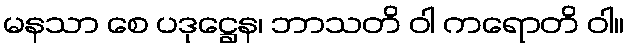
မနသာ စေ ပဒုဋ္ဌေန၊ ဘာသတိ ဝါ ကရောတိ ဝါ။